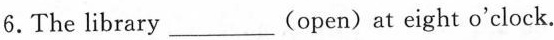
6.The library___ (open)at eight o'clock.